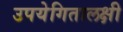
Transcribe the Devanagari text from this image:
उपयेगितालक्षी